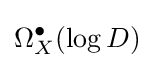
\Omega _{X}^{\bullet }(\log D)